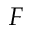
F